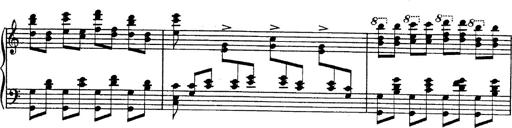
Title: Fantasie Ã¼ber Themen aus Mozarts Figaro und Don Giovanni
Composer: Franz Liszt